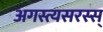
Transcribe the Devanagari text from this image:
अगस्त्यसरस्स्